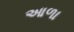
આળા